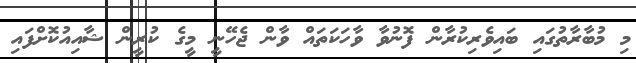
މި މުބާރާތުގައި ބައިވެރިކުރާން ފޮނުވާ ވާހަކަތައް ވާން ޖެހޭނީ މީގެ ކުރީން ޝާއިއުކޮށްފައި